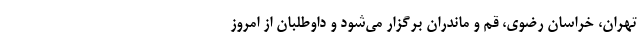
تهران، خراسان رضوی، قم و ماندران برگزار می‌شود و داوطلبان از امروز